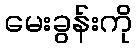
မေးခွန်းကို